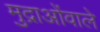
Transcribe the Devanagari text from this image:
मुद्राओंवाले